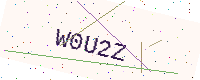
Text: W0U2Z